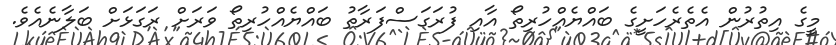
މީގެ އިތުރުން އެތެރެހަށީގެ ބައްޔެއްހުރިތޯ އާއި ފުރަގަސްފަރާތު ބައްޔެއްހުރިތޯ ވަރަށް ރަގަޅަށް ބަލާނެއެވެ.